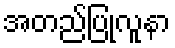
အတည်ပြုလူနာ